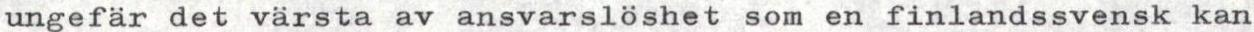
ungefär det värsta av ansvarslöshet som en finlandssvensk kan